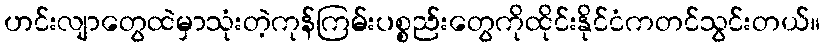
ဟင်းလျာတွေထဲမှာသုံးတဲ့ကုန်ကြမ်းပစ္စည်းတွေကိုထိုင်းနိုင်ငံကတင်သွင်းတယ်။